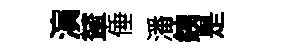
演輦倕潘銕是